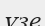
үзе